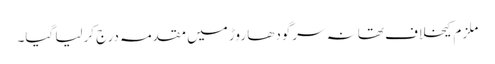
ملزم کیخلاف تھانہ سرگودھا روڑ میں مقدمہ درج کرلیا گیا۔